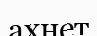
ахнет